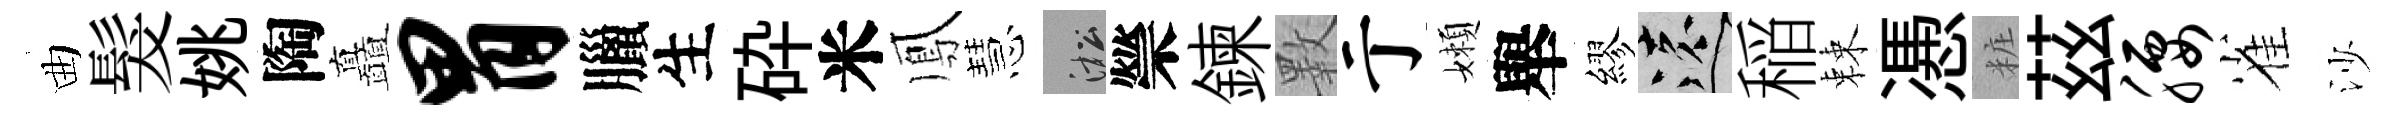
曲髮姚陶矗胃臘生砕米鳳慧淞禜鍊斁亍嬾舉繆遠稲棘慿粧茲腰雀沙